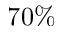
7 0 \%